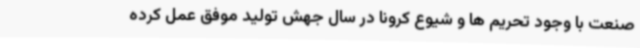
صنعت با وجود تحریم ها و شیوع کرونا در سال جهش تولید موفق عمل کرده